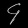
Digit: ၄